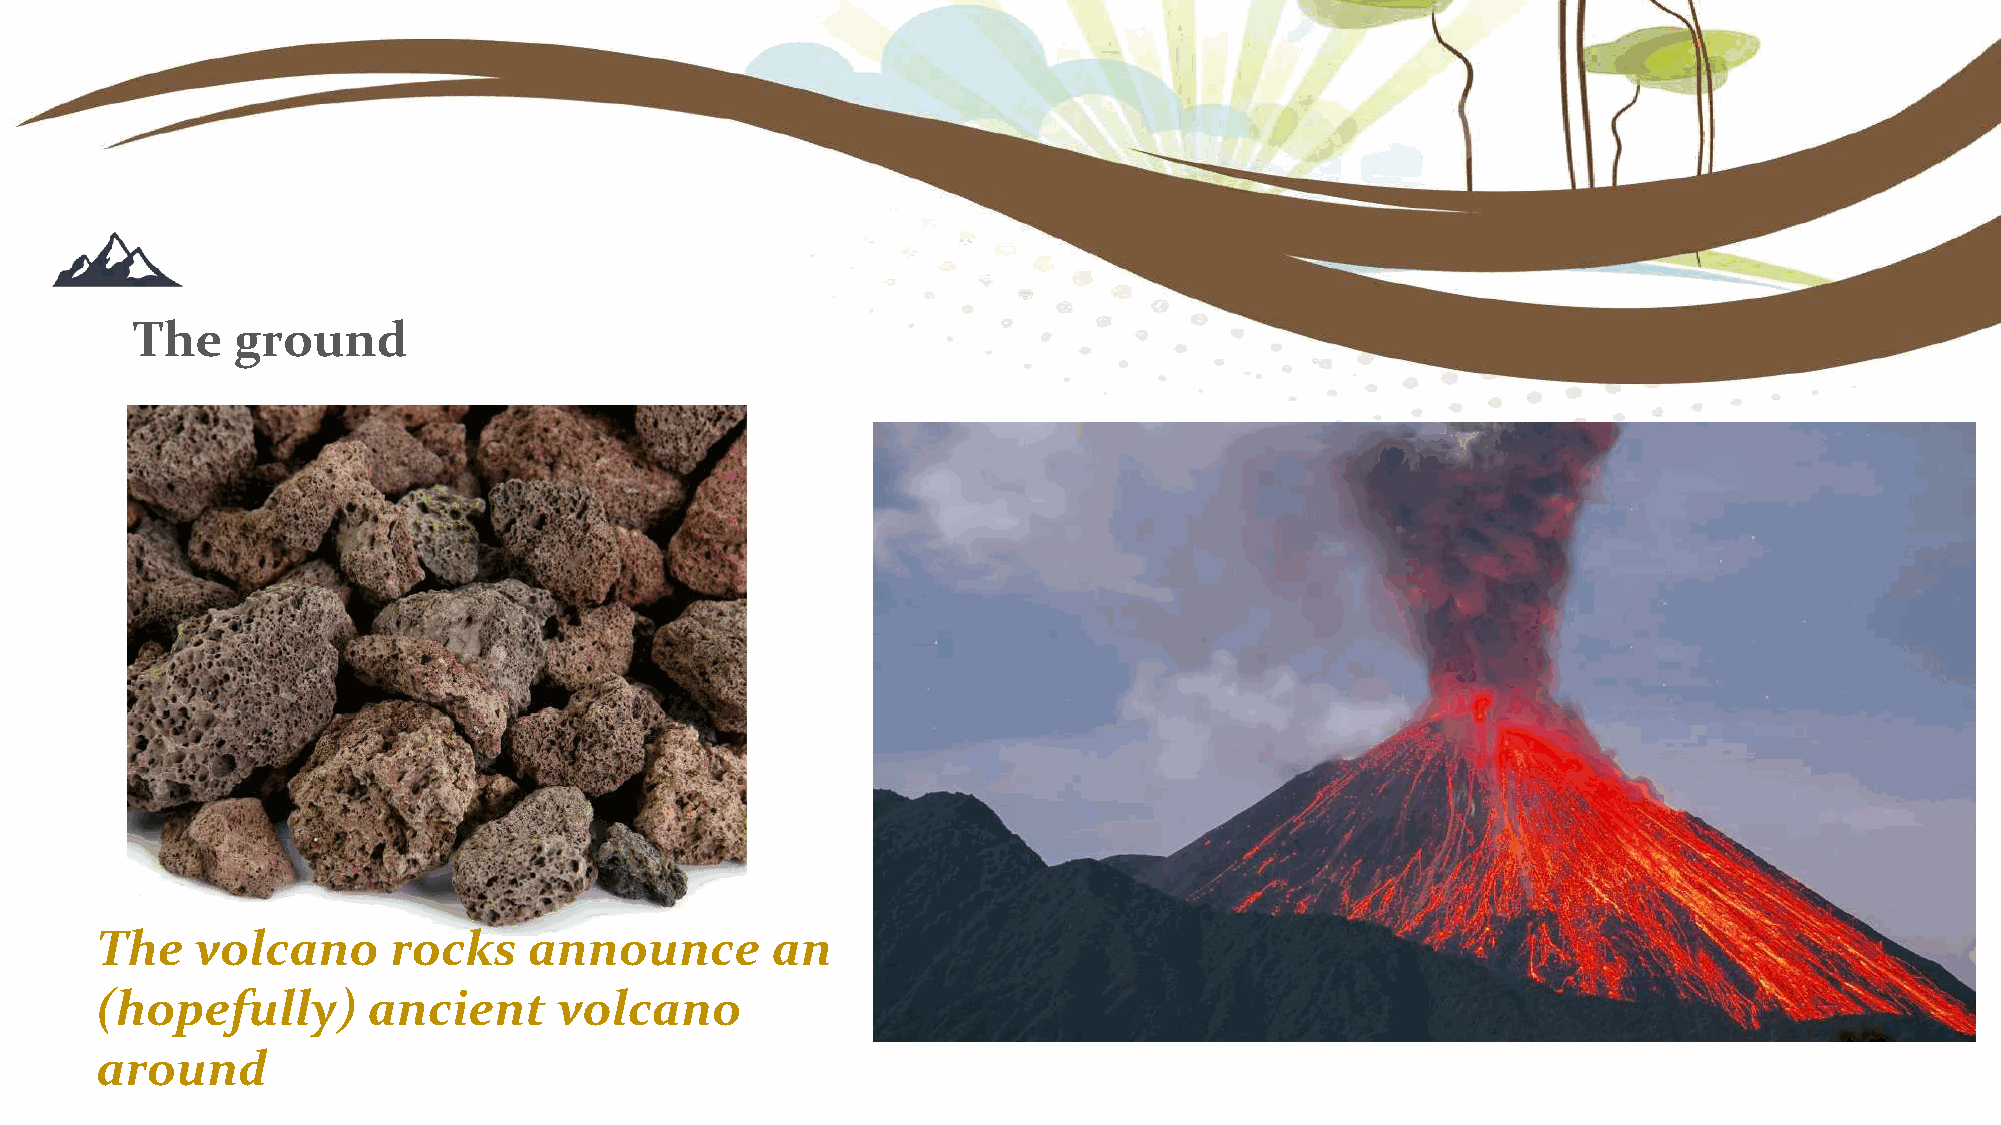
The   ground
 The    volcano      rocks    announce        an
 (hopefully)       ancient      volcano
 around